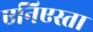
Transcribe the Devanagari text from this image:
एनिएस्ता